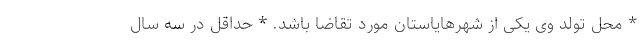
* محل تولد وی یکی از شهرهایاستان مورد تقاضا باشد. * حداقل در سه سال